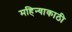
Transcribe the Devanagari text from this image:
महिन्याकाठी